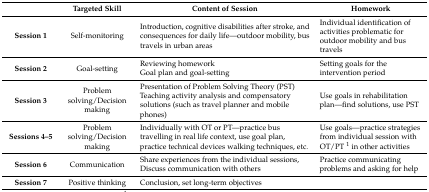
<table><thead><tr><td></td><td><b>Targeted Skill</b></td><td><b>Content of Session</b></td><td><b>Homework</b></td></tr></thead><tbody><tr><td><b>Session 1</b></td><td>Self-monitoring</td><td>Introduction, cognitive disabilities after stroke, and consequences for daily life—outdoor mobility, bus travels in urban areas</td><td>Individual identification of activities problematic for outdoor mobility and bus travels</td></tr><tr><td><b>Session 2</b></td><td>Goal-setting</td><td>Reviewing homeworkGoal plan and goal-setting</td><td>Setting goals for the intervention period</td></tr><tr><td><b>Session 3</b></td><td>Problem solving/Decision making</td><td>Presentation of Problem Solving Theory (PST)Teaching activity analysis and compensatory solutions (such as travel planner and mobile phones)</td><td>Use goals in rehabilitation plan—find solutions, use PST</td></tr><tr><td><b>Sessions 4–5</b></td><td>Problem solving/Decision making</td><td>Individually with OT or PT—practice bus travelling in real life context, use goal plan, practice technical devices walking techniques, etc.</td><td>Use goals—practice strategies from individual session with OT/PT <sup>1</sup> in other activities</td></tr><tr><td><b>Session 6</b></td><td>Communication</td><td>Share experiences from the individual sessions, Discuss communication with others</td><td>Practice communicating problems and asking for help</td></tr><tr><td><b>Session 7</b></td><td>Positive thinking</td><td>Conclusion, set long-term objectives</td><td></td></tr></tbody></table>